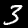
Digit: 3